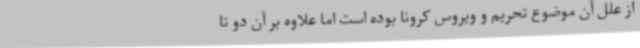
از علل آن موضوع تحریم و ویروس کرونا بوده است اما علاوه بر آن دو تا